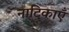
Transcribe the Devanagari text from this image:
नाटिकाएँ